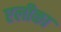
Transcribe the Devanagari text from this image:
एलीका